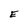
Character: E